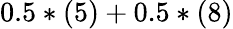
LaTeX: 0.5*(5)+0.5*(8)